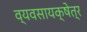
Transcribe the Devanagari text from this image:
व्यवसायक्षेत्र